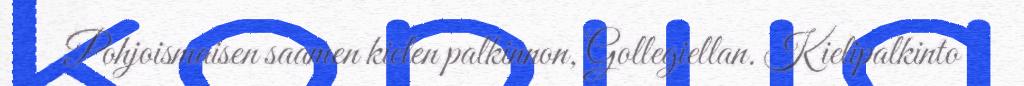
Pohjoismaisen saamen kielen palkinnon, Gollegiellan. Kielipalkinto